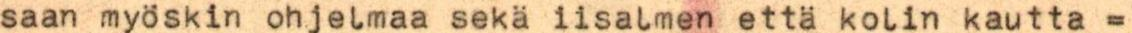
saan myöskin ohjelmaa sekä iisalmen että kolin kautta =